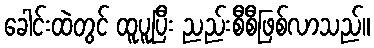
ခေါင်းထဲတွင် ထူပူပြီး ညည်းစီစီဖြစ်လာသည်။